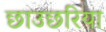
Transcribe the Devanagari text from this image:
छाउछरिया